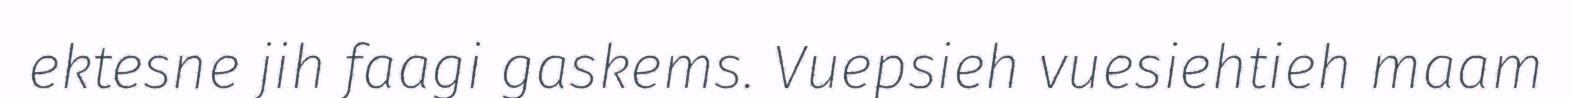
ektesne jih faagi gaskems. Vuepsieh vuesiehtieh maam